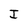
Character: I